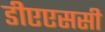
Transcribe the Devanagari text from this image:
डीएएससी